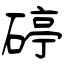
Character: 碠